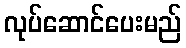
လုပ်ဆောင်ပေးမည်